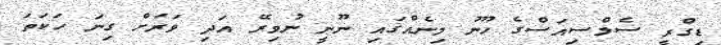
ޑިގްރީ ސެލްސިއަސްގެ ހޫނު މިނެއްގައި ނޫނީ ނުވިރޭ އަދި ވަރަށް ގިނަ ހަކަތަ